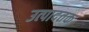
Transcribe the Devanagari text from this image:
उत्पादतक